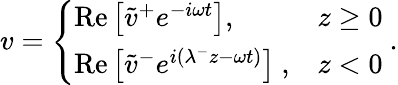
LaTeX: v=\left\{ \begin{array}{ll}{\mathrm{Re}\left[\tilde{v}^{+}e^{-i\omega t}\right],}&{z\geq 0}\\ {\mathrm{Re}\left[\tilde{v}^{-}e^{i(\lambda^{-}z-\omega t)}\right]~,}&{z<0}\end{array}\right.~.